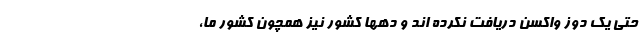
حتی یک دوز واکسن دریافت نکرده اند و دهها کشور نیز همچون کشور ما،